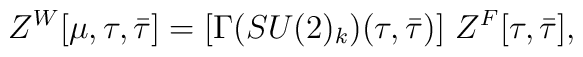
Z^{W}[\mu,\tau, \bar{\tau}]=[\Gamma(SU(2)_k)(\tau, {\bar\tau})]~Z^F[\tau, {\bar \tau}],